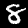
Digit: 8